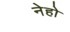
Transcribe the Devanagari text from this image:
नेहो